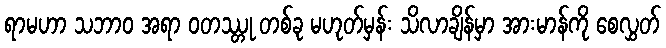
ရာမဟာ သဘာဝ အရာ ဝတဿ္တု တစ်ခု မဟုတ်မှန်း သိလာချိန်မှာ အားမာန်ကို စေလွှတ်